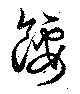
餒